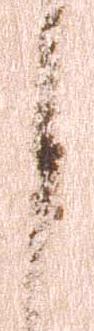
之